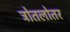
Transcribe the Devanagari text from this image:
त्रोतलोतर